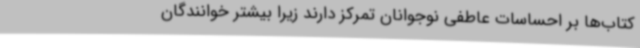
کتاب‌ها بر احساسات عاطفی نوجوانان تمرکز دارند زیرا بیشتر خوانندگان